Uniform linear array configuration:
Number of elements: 12
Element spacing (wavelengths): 0.75
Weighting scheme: kaiser
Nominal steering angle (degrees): -15
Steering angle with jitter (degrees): -16.257
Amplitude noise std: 0.05
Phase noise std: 0.05

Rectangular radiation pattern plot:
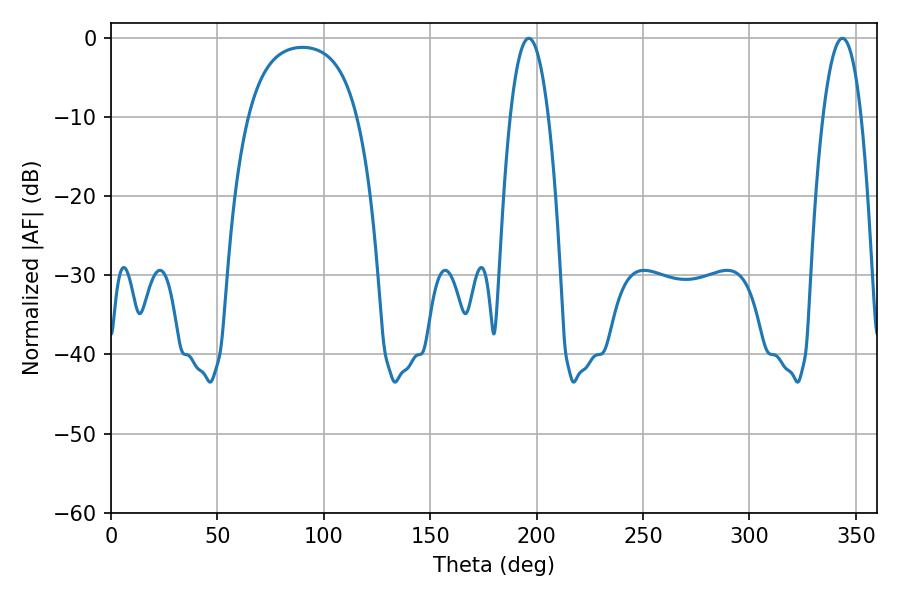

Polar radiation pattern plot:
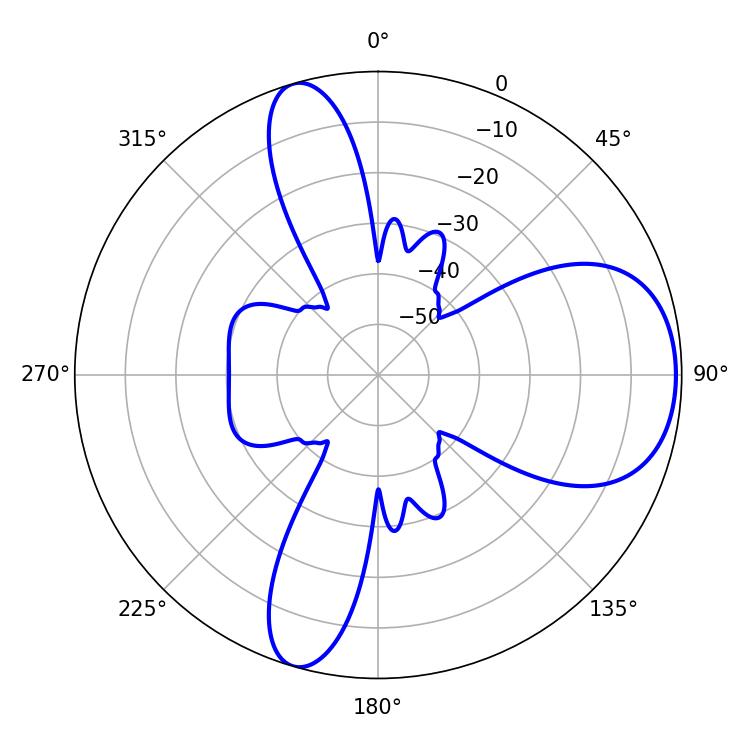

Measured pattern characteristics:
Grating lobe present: TRUE
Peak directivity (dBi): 7.568
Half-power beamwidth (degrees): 10.08
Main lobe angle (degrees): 196.38